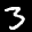
Label: 3